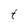
Character: t